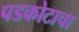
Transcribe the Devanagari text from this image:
पडकोटाचा